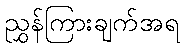
ညွှန်ကြားချက်အရ